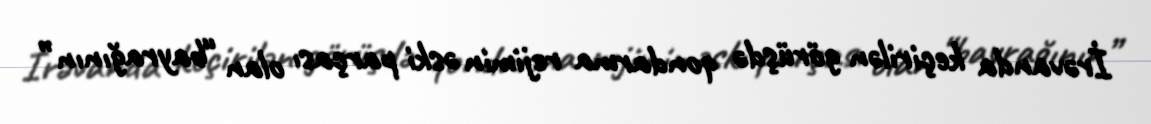
İrəvanda keçirilən görüşdə qondarma rejimin əski parçası olan “bayrağının”